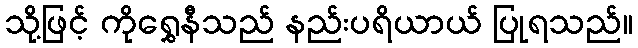
သို့ဖြင့် ကိုရွှေနီသည် နည်းပရိယာယ် ပြုရသည်။